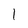
Character: 1